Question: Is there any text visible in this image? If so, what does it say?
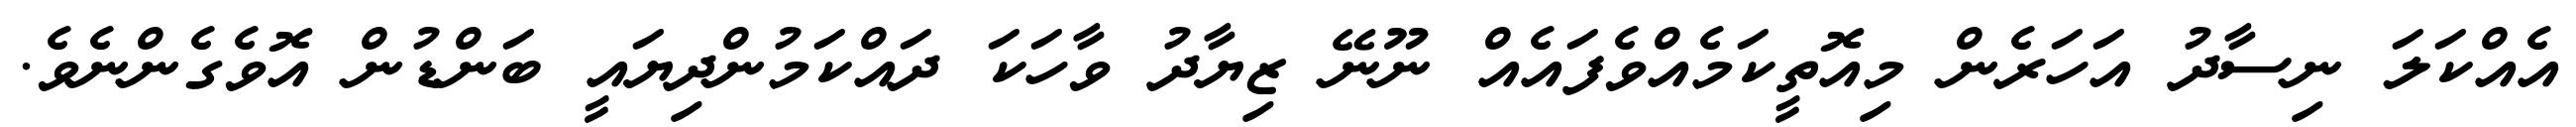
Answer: އެއްކަލަ ނިސާދު އަހަރެން މިއޮތީކަމެއްވެފައެއް ނޫނޭ ޒިޔާދު ވާހަކަ ދައްކަމުންދިޔައީ ބަންޑުން އޮވެގެންނެވެ.